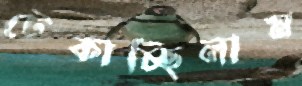
টেকাচ্ছিলাম